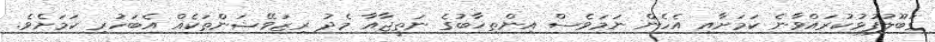
ގަބޫލުފުޅުކުރައްވާނެ ކަމަށާއި އެހެން ނަމަވެސް އިންތިޚާބުގެ ނަތީޖާއާ މެދު ރިޒަވޭޝަންތަކެއް އެބަހުރި ކަމަށެވެ.